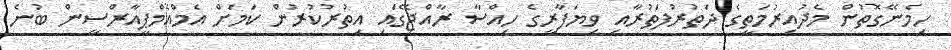
ހިމެނޭގޮތުން މެދުއިރުމަތީގެ ދަތުރުފަތުރާއި ވިޔަފާރީގެ ހިއްސާ ރާއްޖޭގައި އިތުރުކުރުން ކަމަށް އެމްއެމްޕީއާރްސީން ބުނެ